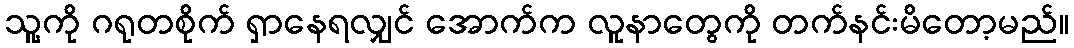
သူ့ကို ဂရုတစိုက် ရှာနေရလျှင် အောက်က လူနာတွေကို တက်နင်းမိတော့မည်။